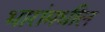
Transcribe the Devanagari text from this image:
भारांमधील